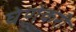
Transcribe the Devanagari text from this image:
घेणेकरी